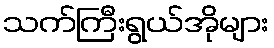
သက်ကြီးရွယ်အိုများ